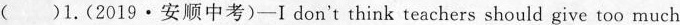
( )1.(2019·安顺中考)-I don't think teachers should give too much